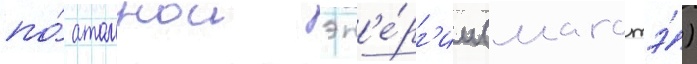
по́ атомнои эн'е́рг'ии (магатэ́)